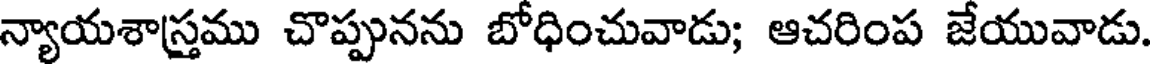
న్యాయశాస్తము చొప్పునను బోధించువాడు; ఆచరింప జేయువాడు.